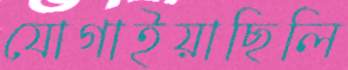
যোগাইয়াছিলি